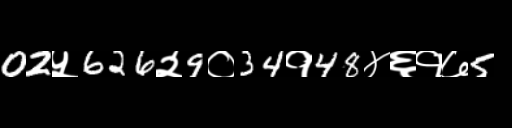
Text: 02५626२9०34१48४६१७5